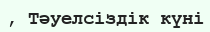
, Тәуелсіздік күні